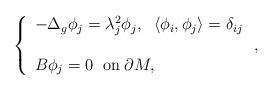
LaTeX: \begin{align*} \left\{\begin{array}{l} - \Delta_g \phi_j = \lambda_j^2 \phi_j,\;\; \langle \phi_i, \phi_j \rangle = \delta_{ij} \\ \\B\phi_j = 0\;\; \mbox{on}\; \partial M, \end{array} \right.,\end{align*}